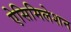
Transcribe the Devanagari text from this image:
ऐसिमिलेशन